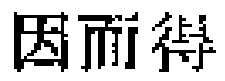
因而得